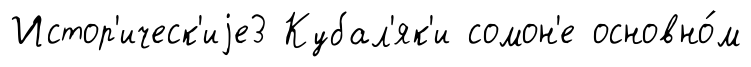
Истор'ическ'иjе3 Кубал'як'и сомон'е основно́м